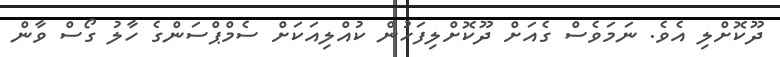
ދޫކޮށްލި އެވެ. ނަމަވެސް ގެއަށް ދޫކޮށްލިފަހުން ކުއްލިއަކަށް ސެމްޕްސަންގެ ހާލު ގޯސް ވާން